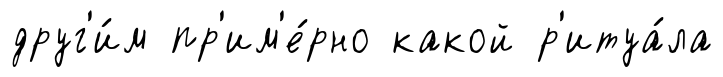
друг'и́м пр'им'е́рно какой р'итуа́ла